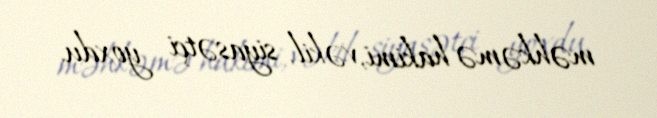
məhkəmə hakimi, vəkil, siyasətçi yoxdu.